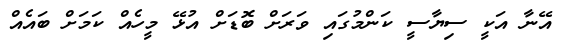
އޭނާ އަކީ ސިޔާސީ ކަންމުގައި ވަރަށް ބޮޑަށް އުޅޭ މީހެއް ކަމަށް ބައެއް